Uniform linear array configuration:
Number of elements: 64
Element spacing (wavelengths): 0.75
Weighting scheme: exponential
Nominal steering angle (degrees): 15
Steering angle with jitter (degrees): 14.66
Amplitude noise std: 0.05
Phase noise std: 0.05

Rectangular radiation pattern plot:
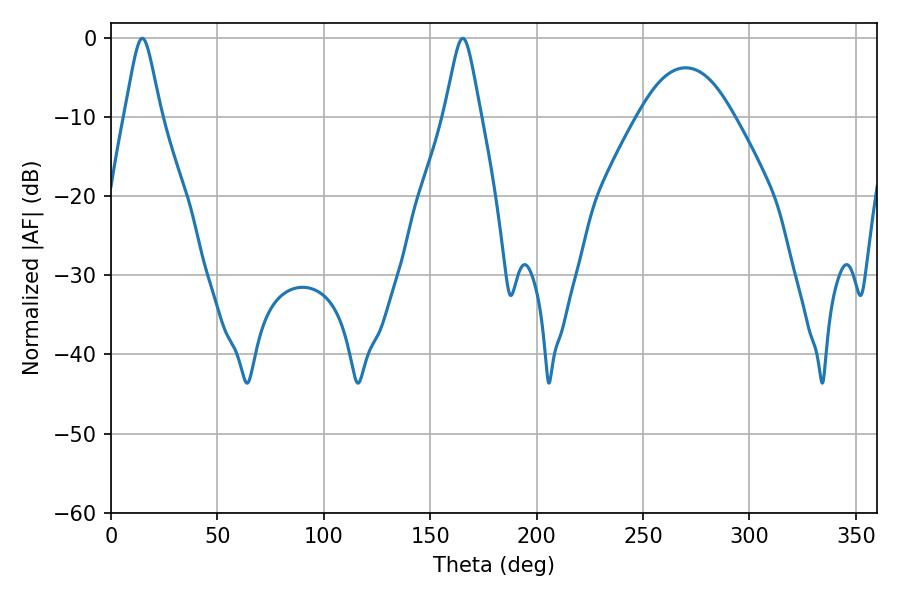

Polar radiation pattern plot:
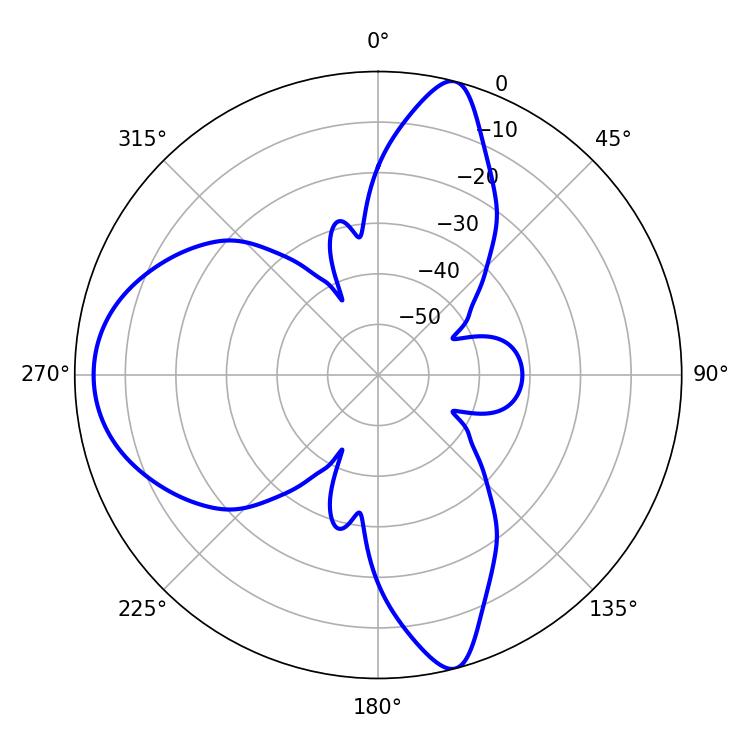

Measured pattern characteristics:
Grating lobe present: TRUE
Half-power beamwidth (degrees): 7.92
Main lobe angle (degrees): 14.76